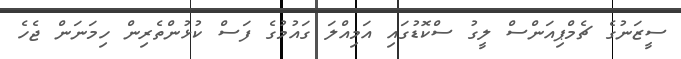
ސީޒަނުގެ ޗެމްޕިއަންސް ލީގު ސްކޮޑުގައި އަމިއްލަ ގައުމުގެ ފަސް ކުޅުންތެރިން ހިމަނަން ޖެހެ